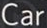
Car